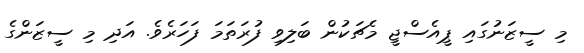
މި ސީޒަނުގައި ޕީއެސްޖީ މެޗަކުން ބަލިވި ފުރަތަމަ ފަހަރެވެ. އަދި މި ސީޒަންގެ